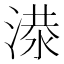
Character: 𬈘